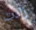
زادت